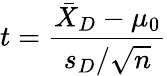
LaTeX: t={\frac{{\bar{X}}_{D}-\mu_{0}}{s_{D}/{\sqrt{n}}}}